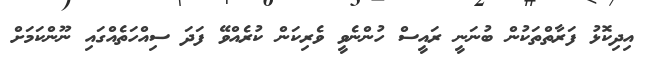
އިދިކޮޅު ފަރާތްތަކުން ބުނަނީ ރައީސް ހުންނެވީ ވެރިކަން ކުރެއްވޭ ފަދަ ސިއްހަތެއްގައި ނޫންކަމަށް